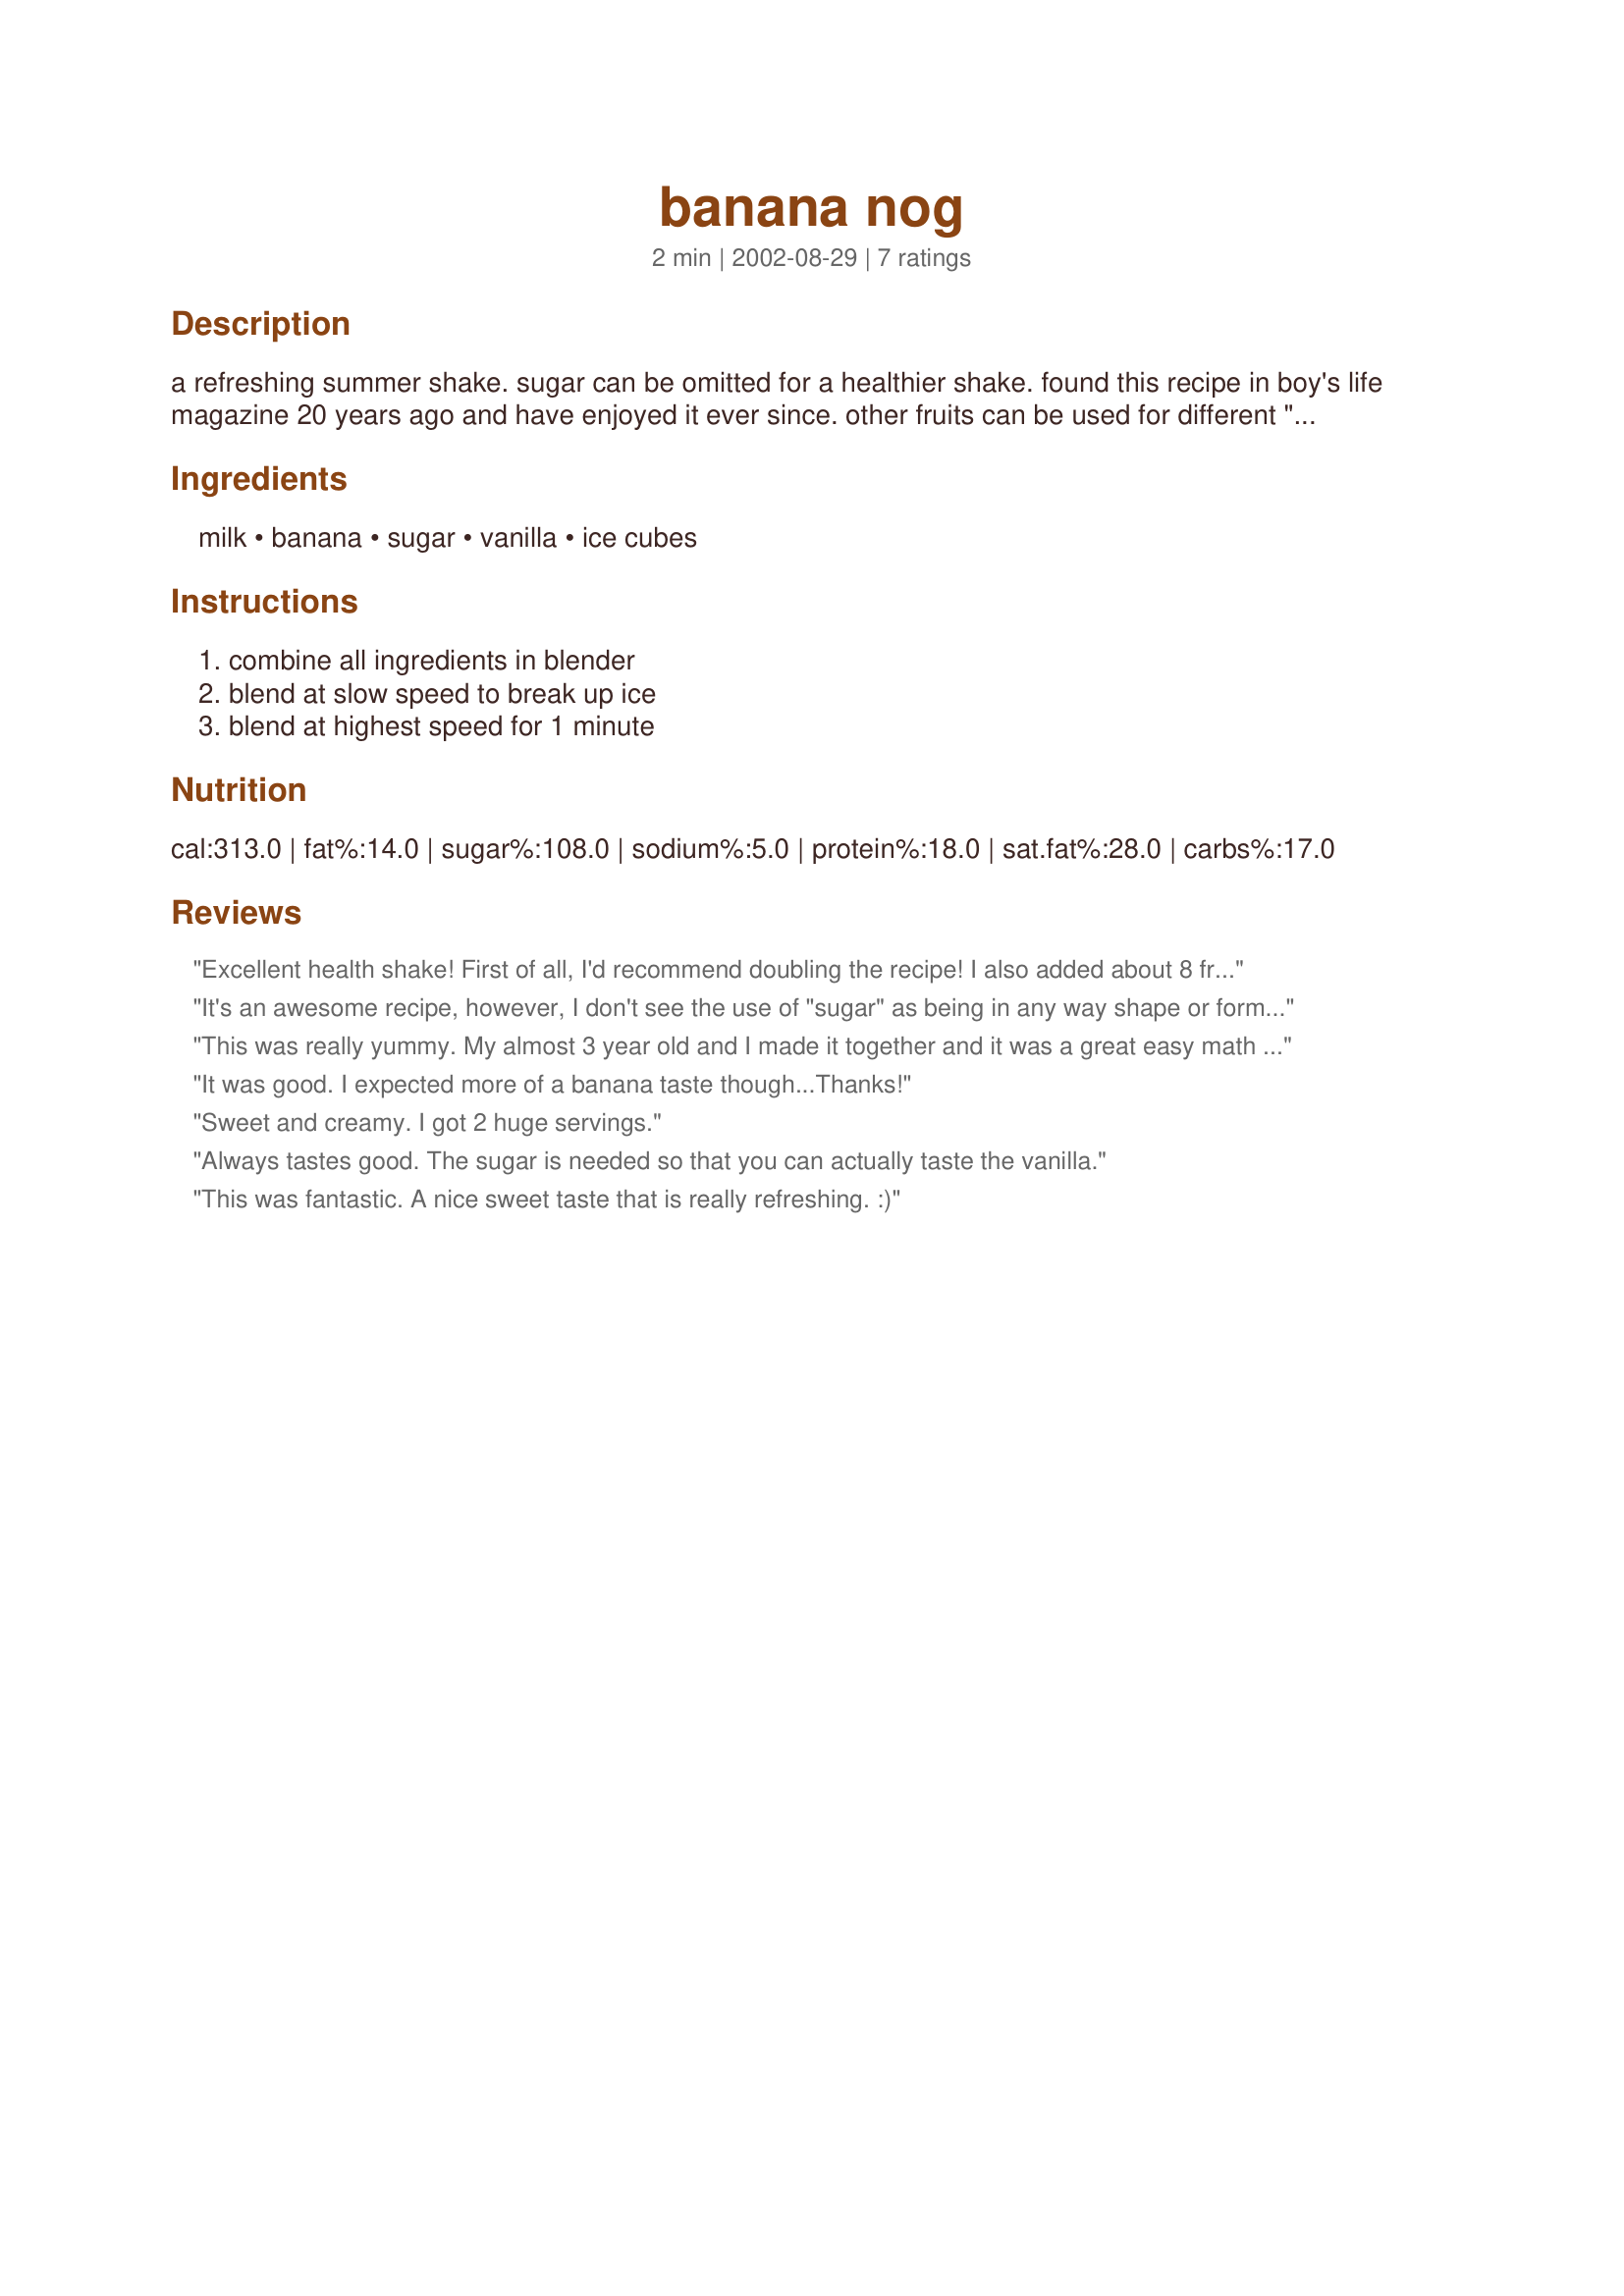
banana nog
Preparation time: 2 minutes

a refreshing summer shake. sugar can be omitted for a healthier shake. found this recipe in boy's life magazine 20 years ago and have enjoyed it ever since. other fruits can be used for different "nogs". try strawberries or peaches.

Ingredients:
milk, banana, sugar, vanilla, ice cubes

Steps:
combine all ingredients in blender, blend at slow speed to break up ice, blend at highest speed for 1 minute

Reviews:
Excellent health shake! First of all, I'd recommend doubling the recipe! I also added about 8 fresh strawberries to the mix... and a bit more sugar. These disappeared way too quickly. Thanks, Andrew for posting my new favorite smoothie recipe!
It's an awesome recipe, however, I don't see the use of "sugar" as being in any way shape or form, healthy. Why not buy the drink in bottle at the supermarket when its been processed and mixed up with sugar? 

If you were to add a bit of fresh apple juice to this, that would give an awesome sweetness but without all of the unhealthy side affects.
This was really yummy. My almost 3 year old and I made it together and it was a great easy math lesson as she counted the ice cubes! I used a frozen banana and splenda (just 1/2 tbsp. which I thought was plenty) and it was really good. I don't usually let my smoothies blend for very long but I liked the texture the full 1 minute blending gives it. Definitely 1 I will make repeatedly.
It was good. I expected more of a banana taste though...Thanks!
Sweet and creamy. I got 2 huge servings.
Always tastes good. The sugar is needed so that you can actually taste the vanilla.
This was fantastic. A nice sweet taste that is really refreshing. :)
